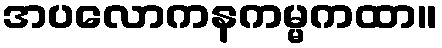
အပလောကနကမ္မကထာ။